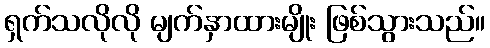
ရှက်သလိုလို မျက်နှာထားမျိုး ဖြစ်သွားသည်။